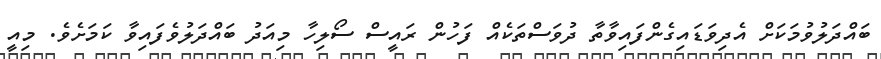
ބައްދަލުވުމަކަށް އެދިވަޑައިގެންފައިވާތާ ދުވަސްތަކެއް ފަހުން ރައީސް ސޯލިހާ މިއަދު ބައްދަލުވެފައިވާ ކަމަށެވެ. މިއީ